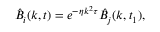
\hat { B } _ { i } ( \boldsymbol { k } , t ) = e ^ { - \eta \boldsymbol { k } ^ { 2 } \tau } \hat { B } _ { j } ( \boldsymbol { k } , t _ { 1 } ) ,